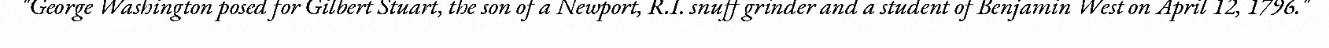
"George Washington posed for Gilbert Stuart, the son of a Newport, R.I. snuff grinder and a student of Benjamin West on April 12, 1796."